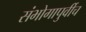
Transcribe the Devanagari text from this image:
संभोगापुर्वीच